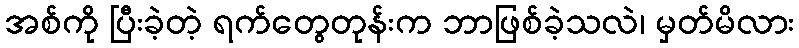
အစ်ကို ပြီးခဲ့တဲ့ ရက်တွေတုန်းက ဘာဖြစ်ခဲ့သလဲ၊ မှတ်မိလား